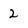
Character: 2